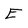
Character: E